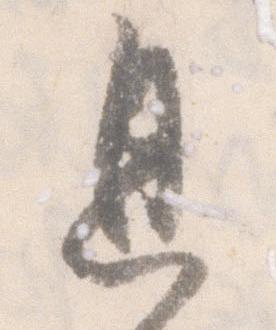
息